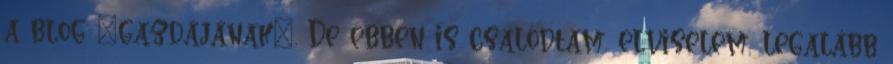
a blog "gazdájának". De ebben is csalódtam, elviselem, legalább